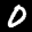
Label: 0